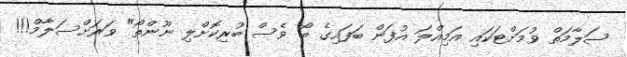
ސަލާމަތް ވުމަށްޓަކައި އަމިއްލަ އުފަން ބަފައިގެ ބޯ ވެސް ބުރިކޮށްލި ނޫންތޯ" ވަރަށްސަލާމް!!!